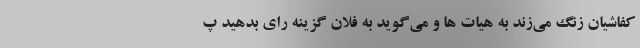
کفاشیان زنگ می‌زند به هیات ها و می‌گوید به فلان گزینه رای بدهید پ